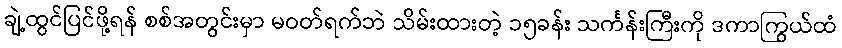
ချဲ့ထွင်ပြင်ဖို့ရန် စစ်အတွင်းမှာ မဝတ်ရက်ဘဲ သိမ်းထားတဲ့ ၁၅ခန်း သင်္ကန်းကြီးကို ဒကာကြွယ်ထံ